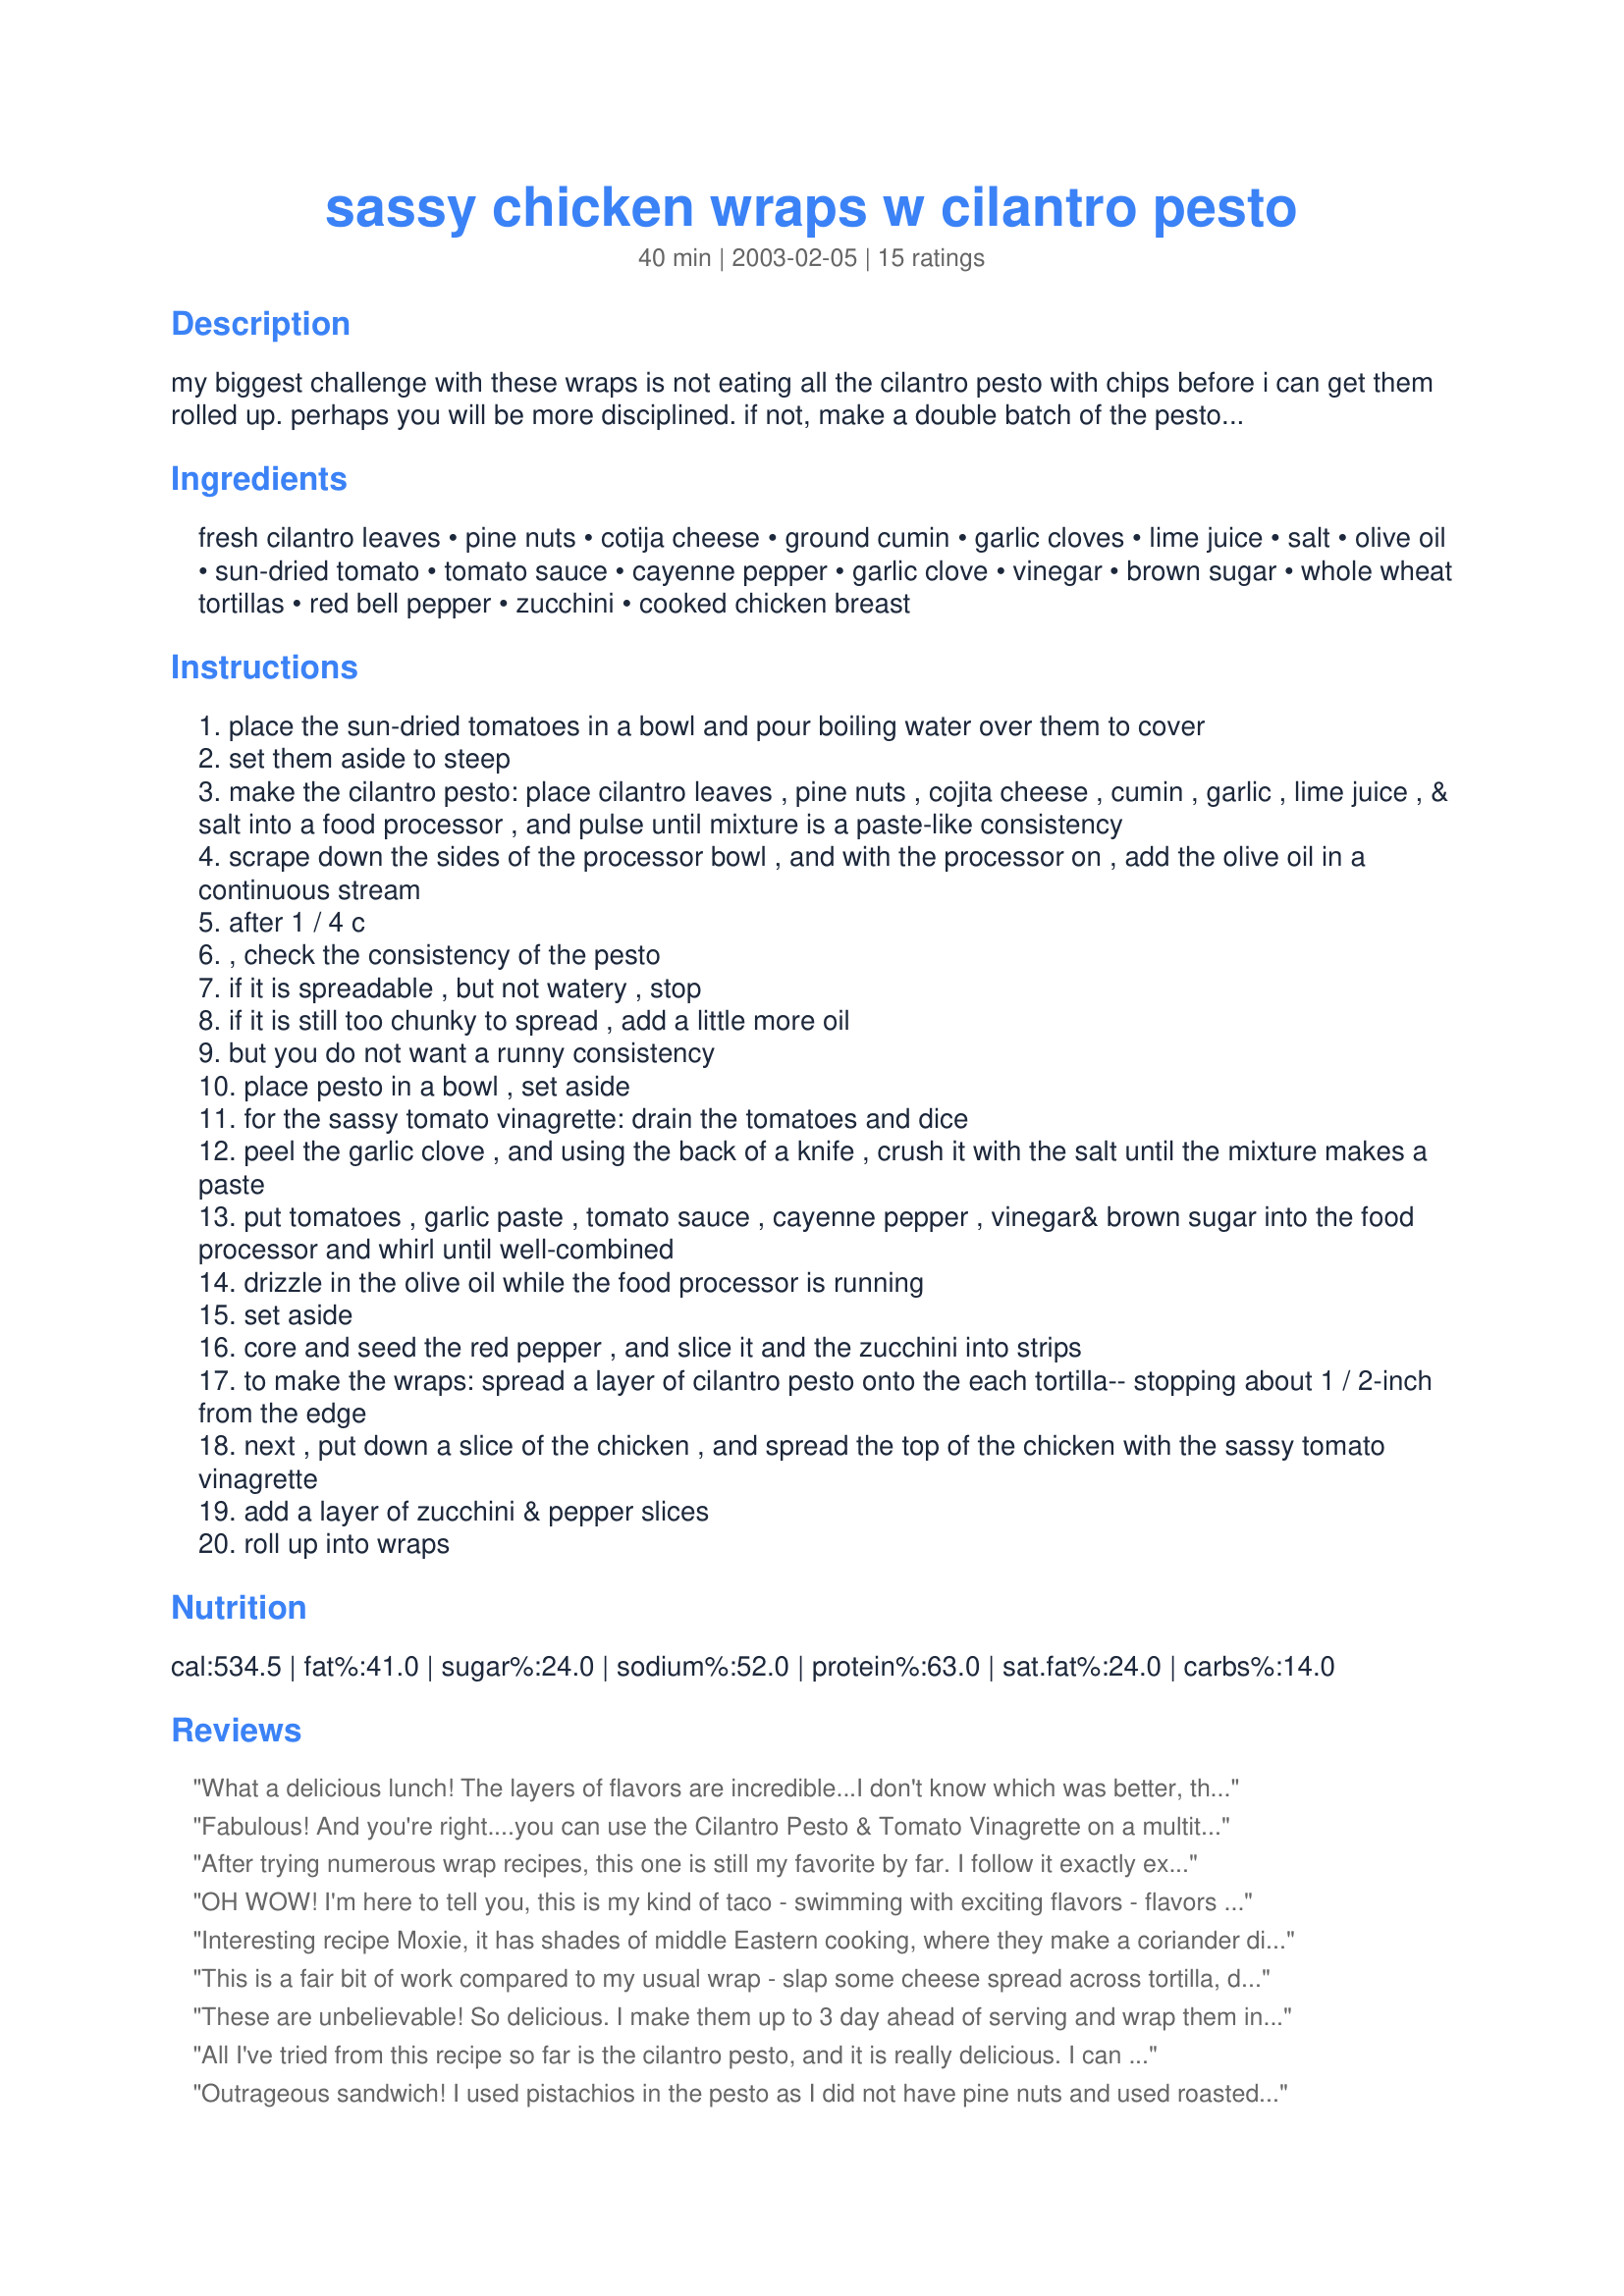
sassy chicken wraps w cilantro pesto
Preparation time: 40 minutes

my biggest challenge with these wraps is not eating all the cilantro pesto with chips before i can get them rolled up. perhaps you will be more disciplined. if not, make a double batch of the pesto so you can snack without consequences. these a great healthy lunch, and are also pretty cut into slices and served as an appetizer.

Ingredients:
fresh cilantro leaves, pine nuts, cotija cheese, ground cumin, garlic cloves, lime juice, salt, olive oil, sun-dried tomato, tomato sauce, cayenne pepper, garlic clove, vinegar, brown sugar, whole wheat tortillas, red bell pepper, zucchini, cooked chicken breast

Steps:
place the sun-dried tomatoes in a bowl and pour boiling water over them to cover
set them aside to steep
make the cilantro pesto: place cilantro leaves , pine nuts , cojita cheese , cumin , garlic , lime juice , & salt into a food processor , and pulse until mixture is a paste-like consistency
scrape down the sides of the processor bowl , and with the processor on , add the olive oil in a continuous stream
after 1 / 4 c
, check the consistency of the pesto
if it is spreadable , but not watery , stop
if it is still too chunky to spread , add a little more oil
but you do not want a runny consistency
place pesto in a bowl , set aside
for the sassy tomato vinagrette: drain the tomatoes and dice
peel the garlic clove , and using the back of a knife , crush it with the salt until the mixture makes a paste
put tomatoes , garlic paste , tomato sauce , cayenne pepper , vinegar& brown sugar into the food processor and whirl until well-combined
drizzle in the olive oil while the food processor is running
set aside
core and seed the red pepper , and slice it and the zucchini into strips
to make the wraps: spread a layer of cilantro pesto onto the each tortilla-- stopping about 1 / 2-inch from the edge
next , put down a slice of the chicken , and spread the top of the chicken with the sassy tomato vinagrette
add a layer of zucchini & pepper slices
roll up into wraps

Reviews:
What a delicious lunch! The layers of flavors are incredible...I don't know which was better, the cilantro pesto or the tomato vinagrette? The brown sugar and sun dried tomatoes in the vinagrette gave just enough sweet contrast to the cotija. The crunch of the veggies was nice too. All I can say, is YUM! Thanks for a great recipe, and good luck in the contest!
Fabulous! And you're right....you can use the Cilantro Pesto & Tomato Vinagrette on a multitude of other things. Most bizarre (and FANTASTIC) pairing I've done so far, is to serve them both along side of Pattykay's Swedish Meat Pies http://www.recipezaar.com/234810 I KID YOU NOT - it was delicious! Leftover pesto & vinagrette was added to this morning's breakfast burrito. YUM-OH!
Thanks for sharing.
After trying numerous wrap recipes, this one is still my favorite by far. I follow it exactly except for cutting the salt. Yummy!
OH WOW! I'm here to tell you, this is my kind of taco - swimming with exciting flavors - flavors plural! Since I don't care for flour tortillas, I used double corn, softened in hot unsalted butter. Will make this pesto & vinagrette over and over for many things! I thank you!
Interesting recipe Moxie, it has shades of middle Eastern cooking, where they make a coriander dip to go with their food. I always buy some very good quality chicken to go in wraps as you don't really need too much. If you look at my spicy chicken recipe its almost identical to your chili tomato. Just shows how universal cooking can be. regards Ann
This is a fair bit of work compared to my usual wrap - slap some cheese spread across tortilla, decorate with sliced meat (or not) and lettuce, spinach, sprouts or other green stuff.

That said, this was truly special and worth the extra work as a special occaision effort. DH went out of his way to give a positive review; and unlike many leftovers I offer him as a lunch option, these did not linger in the fridge.

Will definitely make again, and as always it will go together more quickly the next time around. Still, it's not a quick week-night meal.
These are unbelievable! So delicious. I make them up to 3 day ahead of serving and wrap them individually in plastic wrap.
All I've tried from this recipe so far is the cilantro pesto, and it is really delicious. I can see why other reviewers were eating it straight like salsa. It has a definite Mexican flavor to me. I used half the oil and omitted the cheese, and used lemon juice since I didn't have lime. Thanks for the great recipe!
Outrageous sandwich! I used pistachios in the pesto as I did not have pine nuts and used roasted red pepper slices!
Loved it!
I really loved the cilantro pesto sauce (great with tortilla chips!), but I didn't care for the tomato sauce as much as I expected. Next time I will just leave off that sauce and it will make it quicker to prepare. The zucchini was a nice touch, too.
Thanks Babs-
Roxygirl
Good recipe. The cilantro pesto is a very common sauce used in South Asia- Pakistan and India to accompany several dishes. It is made slightly differently and has a different name but is essentially the same- made of cilantro. Since I already had some made in the fridge, I made the sassy sauce and used some cooked chicken I had. I was skeptical of using raw zucchini but it actually goes very well together with the red bell pepper, I also added in some sliced onions. My vinaigrette didn't turn out that sassy so I used more vinegar b/c it was too tomatoey but it definitely accompanied the pesto very well. I would have never come up with that. I'll save this for those special times when I crave something with zing, especially since I can see they can be little labor intense if you have to make both the sauces and cook the chicken but well worth it. Thanks for sharing, it is definitely bursting with flavor! Update: my husband who doesn't like new things very much, happened to like these wraps for lunch very much! Thank you!
YESSSSSSS I agree you should post just the pesto recipe. I just loved it!!! My first try with the raw peppers and zucchini (I just don`t know)so I had to sautee the peppers and zucchini along with the chicken. I also added red onions (cut into slices) into the sautee.
Wonderful! Even my "meat and Potatoes" husband liked this one - wouldn't change a thing!
Awesome recipe!! I love it!! I have never really had anything like this, but I am definately making this again!! Love the vingarette, it really makes the wrap.
My husband said, \
